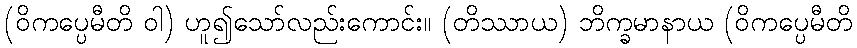
(ဝိကပ္ပေမီတိ ဝါ) ဟူ၍သော်လည်းကောင်း။ (တိဿာယ) ဘိက္ခမာနာယ (ဝိကပ္ပေမီတိ